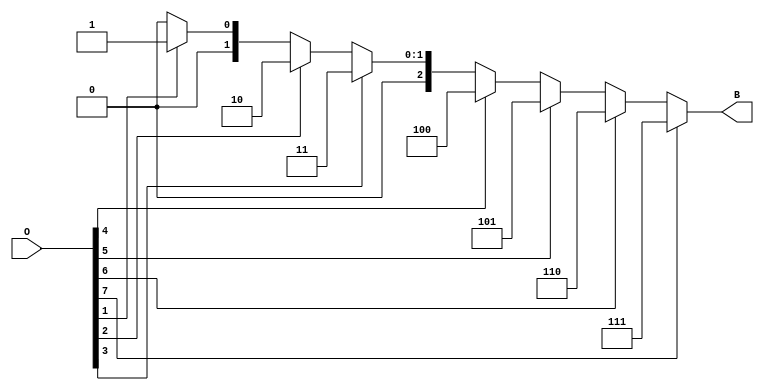
module octal_to_binary_encoder (
    input wire [7:0] O,   // 8-bit input for octal digits
    output reg [2:0] B    // 3-bit binary output
);

always @(*) begin
    case (1'b1)  // Check for the highest active input
        O[7]: B = 3'b111; // If O[7] is high, output 7 (111)
        O[6]: B = 3'b110; // If O[6] is high, output 6 (110)
        O[5]: B = 3'b101; // If O[5] is high, output 5 (101)
        O[4]: B = 3'b100; // If O[4] is high, output 4 (100)
        O[3]: B = 3'b011; // If O[3] is high, output 3 (011)
        O[2]: B = 3'b010; // If O[2] is high, output 2 (010)
        O[1]: B = 3'b001; // If O[1] is high, output 1 (001)
        O[0]: B = 3'b000; // If O[0] is high, output 0 (000)
        default: B = 3'b000; // If none are active, output undefined (000)
    endcase
end

endmodule